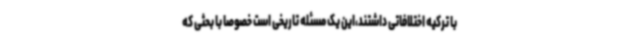
با ترکیه اختلافاتی داشتند،این یک مسئله تاریخی است خصوصا با بحثی که